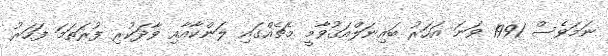
ނަމަވެސް 1991 ވަނަ އަހަރު ބައިނަލްއަޤުވާމީ މެޗެއްގައި ލަންކާއާއި ވާދަކުރި ފުރަތަމަ ފަހަރު